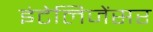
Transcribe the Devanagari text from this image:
इंटेलिजेंसर